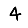
Digit: 4